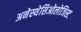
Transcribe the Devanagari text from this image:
अनेस्थेसिओलोजिस्ट